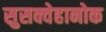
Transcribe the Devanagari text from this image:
सुसक्वेहानोक